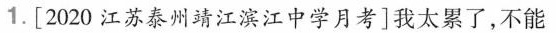
1.[2020江苏泰州靖江滨江中学月考]我太累了，不能